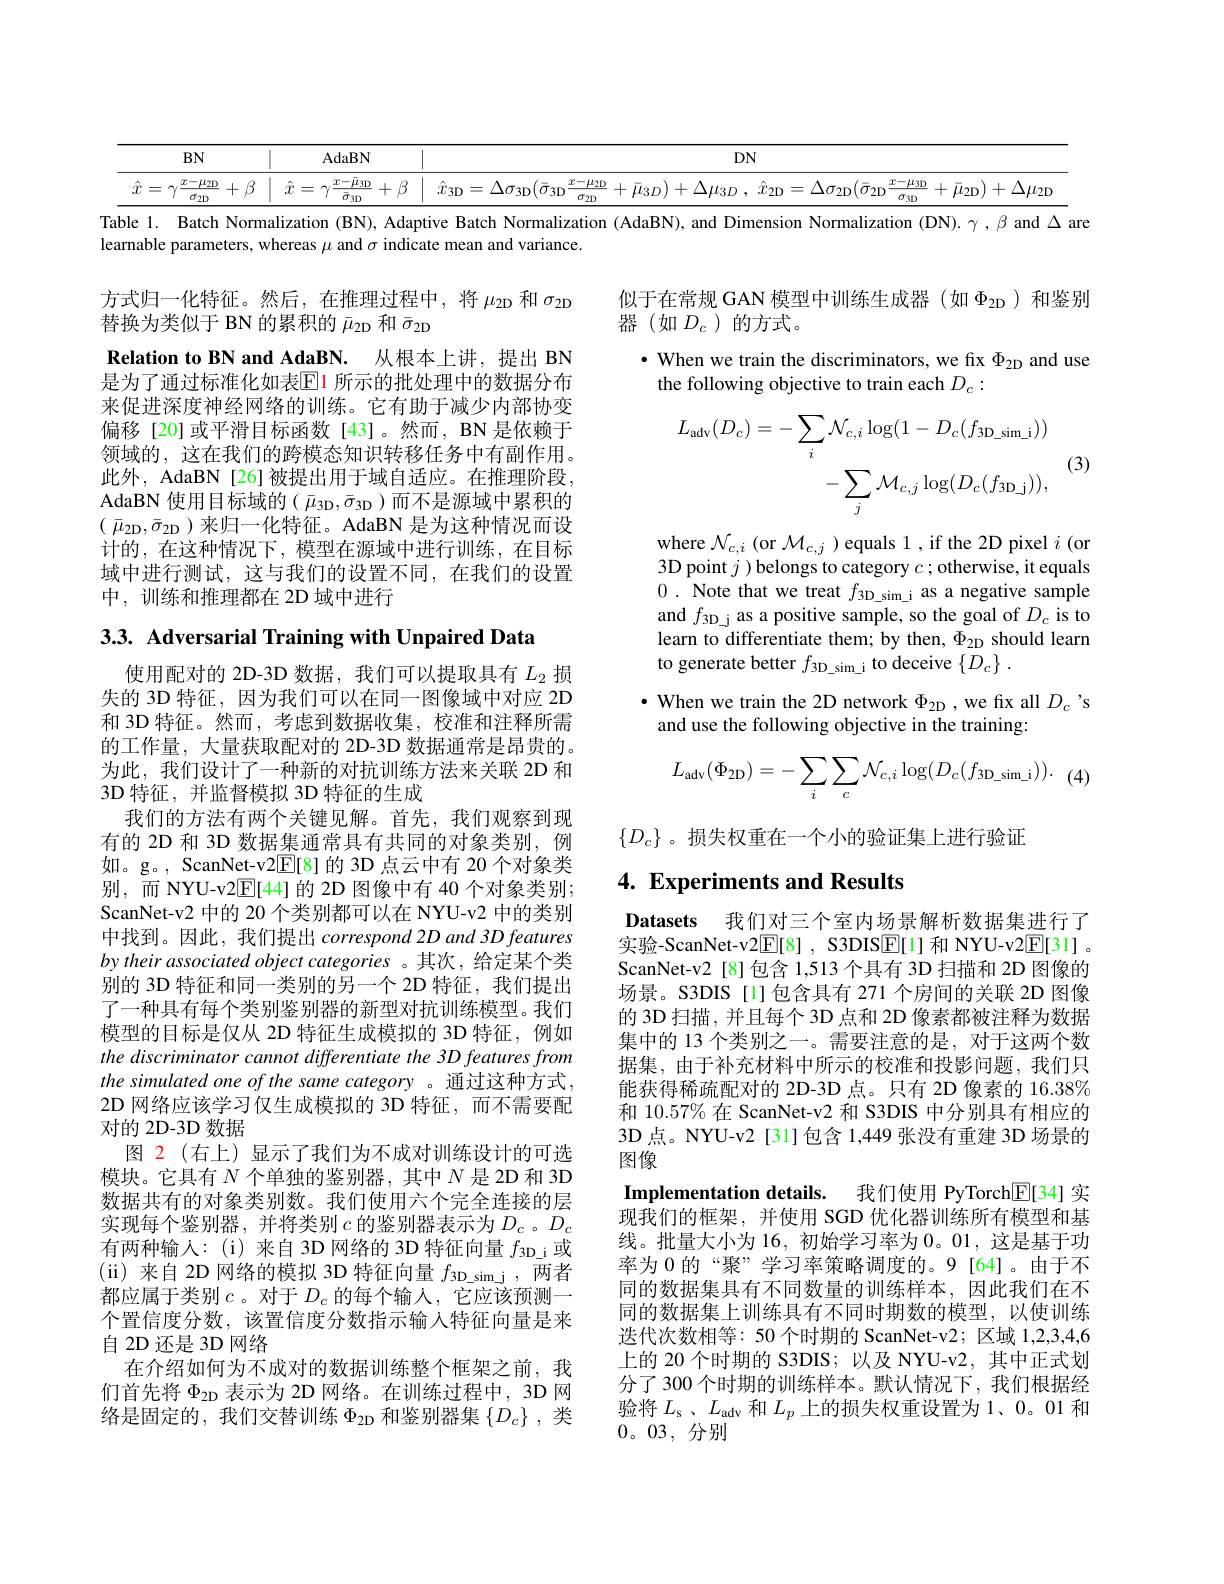
$DN$

$BN$

AdaBN

$\hat{x} = \gamma \frac {x- \mu _{2\mathrm{D} }}{\sigma _{2\mathrm{D} }}+ \beta$ $\mid$ $\hat{x} = \gamma \frac {x- \bar{\mu } _{3\mathrm{D} }}{\bar{\sigma } _{3\mathrm{D} }}+ \beta$ $\mid$ $\hat{x} _{3\mathrm{D} }= \Delta \sigma _{3\mathrm{D} }( \bar{\sigma } _{3\mathrm{D} }\frac {x- \mu _{2\mathrm{D} }}{\sigma _{2\mathrm{D} }}+ \bar{\mu } _{3D}) + \Delta \mu _{3D}$, $\hat{x} _{2\mathrm{D} }= \Delta \sigma _{2\mathrm{D} }( \bar{\sigma } _{2\mathrm{D} }\frac {x- \mu _{3\mathrm{D} }}{\sigma _{3\mathrm{D} }}+ \bar{\mu } _{2\mathrm{D} }) + \Delta \mu _{2\mathrm{D} }$

Table 1. Batch Normalization (BN), Adaptive Batch Normalization (AdaBN), and Dimension Normalization (DN).γ,βandΔare

learnable parameters, whereas $\mu$ and $\sigma$ indicate mean and variance.

方式归一化特征。然后，在推理过程中，将$\mu_{2\mathrm{D}}$和$\sigma_{2\mathrm{D}}$
替换为类似于 BN 的累积的$\bar{\mu}_\mathrm{2D}$和$\bar{\sigma}_\mathrm{2D}$

似于在常规 GAN 模型中训练生成器(如$\Phi_\mathrm{2D}$)和鉴别
器(如$D_c$)的方式。

$\bullet$ When we train the discriminators, we fix $\Phi_\mathrm{2D}$ and use
the following objective to train each $D_c:$

Relation to BN and AdaBN. 从根本上讲，提出 BN 是为了通过标准化如表$\mathbb{E}$1 所示的批处理中的数据分布来促进深度神经网络的训练。它有助于减少内部协变偏移[20]或平滑目标函数[43]。然而，BN是依赖于领域的，这在我们的跨模态知识转移任务中有副作用。此外，AdaBN [26]被提出用于域自适应。在推理阶段， AdaBN 使用目标域的( $\bar{\mu}_{3\mathrm{D}},\bar{\sigma}_{3\mathrm{D}}$)而不是源域中累积的( $\bar{\mu } _{2\mathrm{D} }, \bar{\sigma } _{2\mathrm{D} })$来归一化特征。AdaBN 是为这种情况而设计的，在这种情况下，模型在源域中进行训练，在目标域中进行测试，这与我们的设置不同，在我们的设置中，训练和推理都在 2D 域中进行
$$\begin{aligned}L_{\mathrm{adv}}(D_{c})&=-\sum_{i}\mathcal{N}_{c,i}\log(1-D_{c}(f_{3\mathrm{D_sim_i}}))\\&-\sum_{j}\mathcal{M}_{c,j}\log(D_{c}(f_{3\mathrm{D_j}})),\end{aligned}$$
(3)

where $\mathcal{N}_{c,i}$ (or $\mathcal{M}_c,j$ )equals 1,if the 2D pixel $i$ (or 3D point $j$ )belongs to category $c;$ otherwise, it equals 0. Note that we treat $f_3$D\_ sim\_ i as a negative sample and $f_{3\mathrm{D\_j}}$ as a positive sample, so the goal of $D_c$ is to learn to differentiate them; by then, $\Phi_{2\mathrm{D}}$ should learn to generate better $f_{3\mathrm{D\_sim\_i}}$ to deceive $\{D_c\}.$

3.3. Adversarial Training with Unpaired Data

$\bullet$ When we train the 2D network $\Phi_{2\mathrm{D}}$, we fix all $D_c$ 's
and use the following objective in the training:
$$L_{\mathrm{adv}}(\Phi_{\mathrm{2D}})=-\sum_{i}\sum_{c}\mathcal{N}_{c,i}\log(D_{c}(f_{\mathrm{3D_sim_i}})).$$
$\{D_c\}$。损失权重在一个小的验证集上进行验证

## 4. Experiments and Results

使用配对的 2D-3D 数据，我们可以提取具有$L_{2}$损失的 3D 特征，因为我们可以在同一图像域中对应 2D 和 3D 特征。然而，考虑到数据收集，校准和注释所需的工作量，大量获取配对的 2D-3D 数据通常是昂贵的。为此，我们设计了一种新的对抗训练方法来关联 2D 和3D 特征，并监督模拟 3D 特征的生成
我们的方法有两个关键见解。首先，我们观察到现有的 2D 和 3D 数据集通常具有共同的对象类别，例如。g。, ScanNet-v2$\underline{\mathrm{E}}[8]$的 3D 点云中有 20 个对象类别，而 NYU-v2E[44]的 2D 图像中有 40 个对象类别； ScanNet-v2 中的 20 个类别都可以在 NYU-v2 中的类别中找到。因此，我们提出 correspond 2D and 3D features by their associated object categories 。其次，给定某个类别的 3D 特征和同一类别的另一个 2D 特征，我们提出了一种具有每个类别鉴别器的新型对抗训练模型。我们模型的目标是仅从 2D 特征生成模拟的 3D 特征，例如the discriminator cannot differentiate the 3D features from the simulated one of the same category 。通过这种方式， 2D 网络应该学习仅生成模拟的 3D 特征，而不需要配对的 2D-3D 数据
图 2(右上)显示了我们为不成对训练设计的可选模块。它具有$N$个单独的鉴别器，其中$N$是 2D 和 3D 数据共有的对象类别数。我们使用六个完全连接的层实现每个鉴别器，并将类别$c$ 的鉴别器表示为$D_c$。$D_c$ 有两种输入：(i)来自3D网络的 3D 特征向量$f_3$D$\_$i或(ii)来自2D网络的模拟 3D 特征向量 $f_\mathrm{3D\_sim\_j}$,两者都应属于类别$c$。对于$D_c$ 的每个输人，它应该预测一个置信度分数，该置信度分数指示输入特征向量是来自 2D 还是 3D 网络
在介绍如何为不成对的数据训练整个框架之前，我们首先将$\Phi_\mathrm{2D}$表示为 2D 网络。在训练过程中，3D 网络是固定的，我们交替训练$\Phi_\mathrm{2D}$和鉴别器集$\{D_c\}$,类

Datasets 我们对三个室内场景解析数据集进行了实验-ScanNet-v2$\boxed{\mathrm{F}}[8]$, S3DISE[1] 和 NYU-v2$\boxed{\mathrm{E}}[31].$ ScanNet-v2 [8]包含 1,513 个具有 3D 扫描和 2D 图像的场景。S3DIS[l]包含具有 271 个房间的关联 2D 图像的 3D 扫描，并且每个 3D 点和 2D 像素都被注释为数据集中的 13 个类别之一。需要注意的是，对于这两个数据集，由于补充材料中所示的校准和投影问题，我们只能获得稀疏配对的 2D-3D 点。只有 2D 像素的 16.38% 和 10.57% 在 ScanNet-v2 和 S3DIS 中分别具有相应的3D 点。NYU-v2 [31]包含 1,449 张没有重建 3D 场景的图像
Implementation details. 我们使用 PyTorch[E[34] 实现我们的框架，并使用 SGD 优化器训练所有模型和基线。批量大小为 16, 初始学习率为0。01,这是基于功率为 0 的“聚”学习率策略调度的。9[64]。由于不同的数据集具有不同数量的训练样本，因此我们在不同的数据集上训练具有不同时期数的模型，以使训练迭代次数相等：50个时期的 ScanNet-v2; 区域 1,2,3,4,6上的 20 个时期的 S3DIS; 以及 NYU-v2, 其中正式划分了 300 个时期的训练样本。默认情况下，我们根据经验将$L_\mathrm{s}$、$L_\mathrm{adv}$和$L_p$上的损失权重设置为1、0。01 和0。03,分别